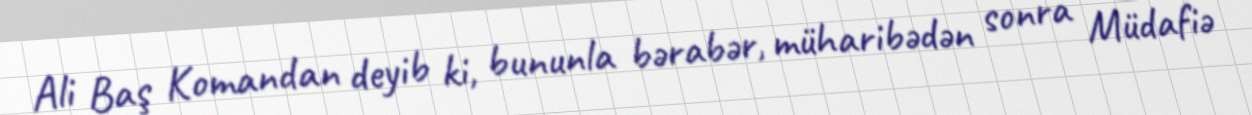
Ali Baş Komandan deyib ki, bununla bərabər, müharibədən sonra Müdafiə